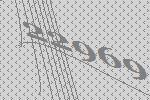
22969